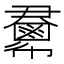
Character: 𢑺